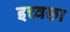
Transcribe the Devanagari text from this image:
इच्वछा